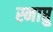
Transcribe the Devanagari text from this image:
स्नाप्तु